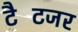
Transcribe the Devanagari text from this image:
टैटिंजर